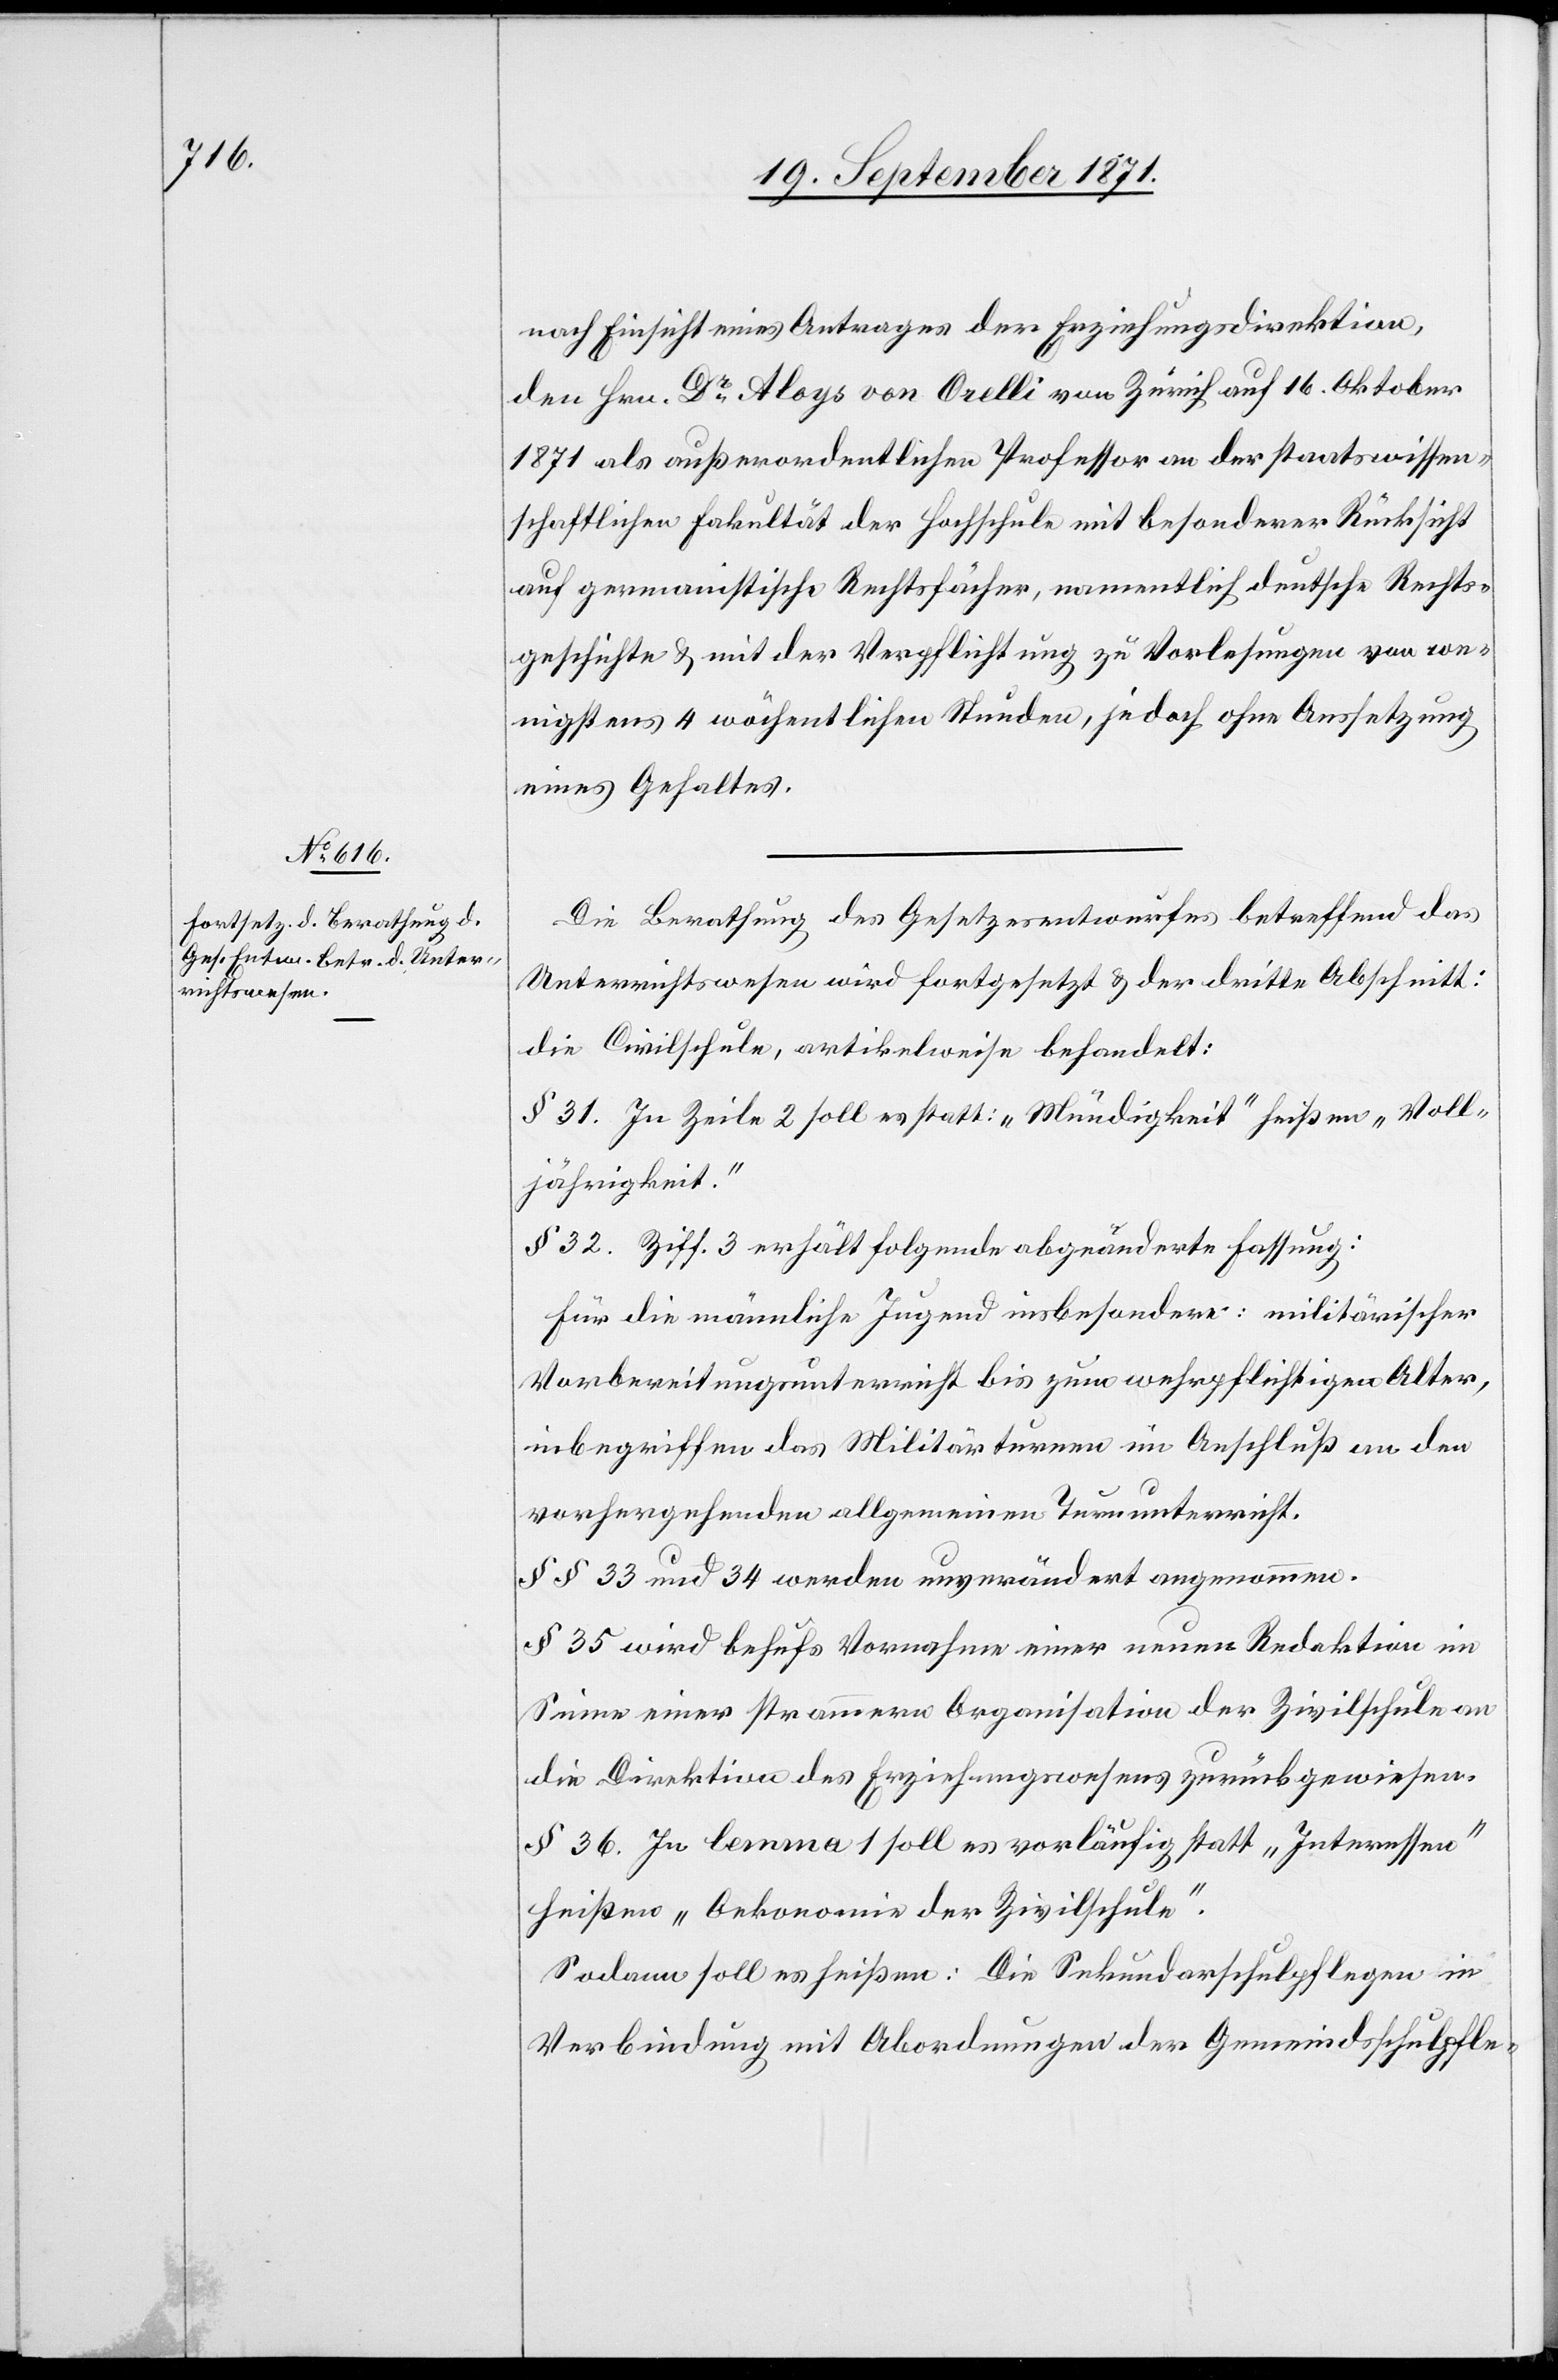
nach Einsicht eines Antrages der Erziehungsdirektion,
den Hrn. Dr Aloys von Orelli von Zürich auf 16. Oktober
1871 als außerordentlichen Professor an der staatswissen¬
schaftlichen Fakultät der Hochschule mit besonderer Rücksicht
auf germanistische Rechtsfächer, namentlich deutsche Rechts¬
geschichte & mit der Verpflichtung zu Vorlesungen von we¬
nigstens 4 wöchentlichen Stunden, jedoch ohne Aussetzung
eines Gehaltes.
Die Berathung des Gesetzesentwurfes betreffend das
Unterrichtswesen wird fortgesetzt & der dritte Abschnitt:
Die Civilschule, artikelweise behandelt:
§ 31. In Zeile 2 soll es statt: „Mündigkeit“ heißen „Voll¬
jährigkeit“.
§ 32. Ziff. 3 erhält folgende abgeänderte Fassung:
Für die männliche Jugend insbesondere: militärischer
Vorbereitungsunterricht bis zum wehrpflichtigen Alter,
inbegriffen das Militärturnen im Anschluß an den
vorhergehenden allgemeinen Turnunterricht.
§§ 33 und 34 werden unverändert angenommen.
§§ 36. In lemma 1 soll es vorläufig statt „Interessen“
heißen „Oekonomie der Zivilschule“.
Sodann soll es heißen: Die Sekundarschulpflegen in
Verbindung mit Abordnungen der Gemeindschulpfle-